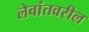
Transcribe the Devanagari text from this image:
लेवांतवरील